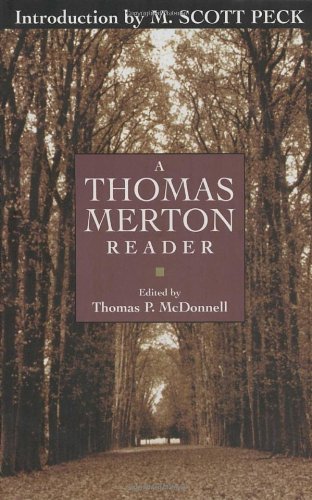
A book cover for A Thomas Merton Reader; Literature & Fiction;